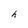
Character: h